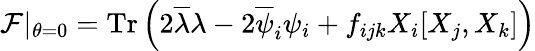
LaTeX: {\cal F}\vert_{\theta=0}=\mathrm{Tr}\left(2\overline{{{\lambda}}}\lambda-2\overline{{{\psi}}}_{i}\psi_{i}+f_{ijk}X_{i}[X_{j},X_{k}]\right)